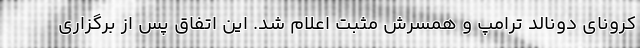
کرونای دونالد ترامپ و همسرش مثبت اعلام شد. این اتفاق پس از برگزاری